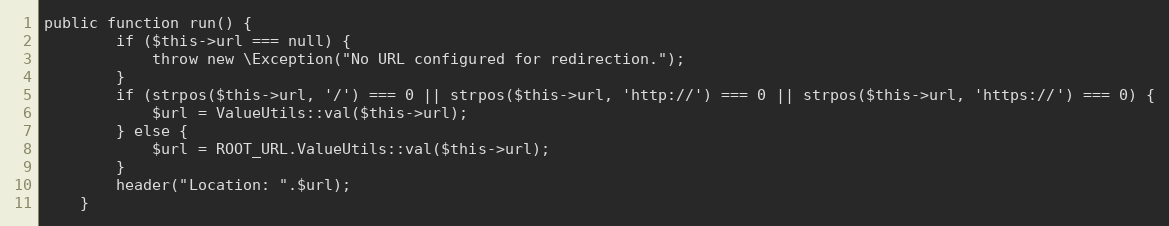
Language: PHP
public function run() {
		if ($this->url === null) {
			throw new \Exception("No URL configured for redirection.");
		}
		if (strpos($this->url, '/') === 0 || strpos($this->url, 'http://') === 0 || strpos($this->url, 'https://') === 0) {
			$url = ValueUtils::val($this->url);
		} else {
			$url = ROOT_URL.ValueUtils::val($this->url);
		}
		header("Location: ".$url);
	}